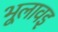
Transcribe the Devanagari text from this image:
भूलावइ